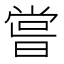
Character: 𠹉